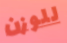
للوزن